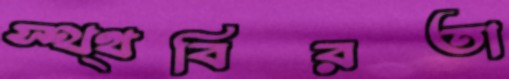
স্থ্থবিরতা